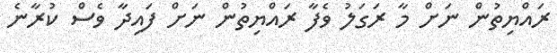
ރައްޔިތުން ނަށް މާ ރަގަލު ވެފާ ރައްޔިތުން ނަށް ފައިދާ ވެސް ކުރާނެ